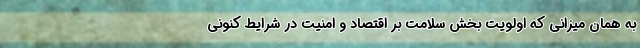
به همان میزانی که اولویت بخش سلامت بر اقتصاد و امنیت در شرایط کنونی